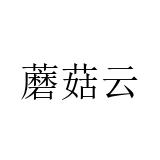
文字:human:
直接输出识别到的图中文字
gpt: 蘑菇云